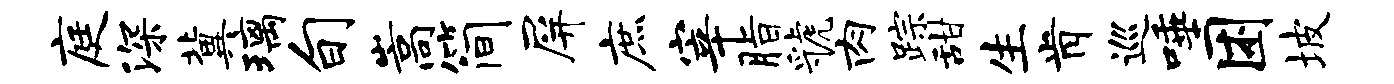
庭深冀璃旬嵩简屏庶宰脂虢肉踪甜生肯巡唾困坡